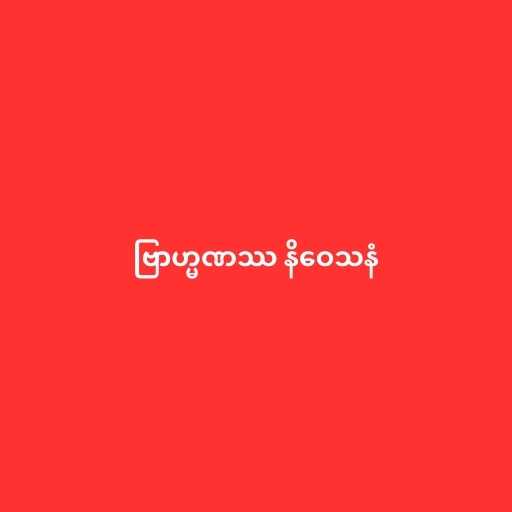
ဗြာဟ္မဏဿ နိဝေသနံ